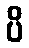
ပိ